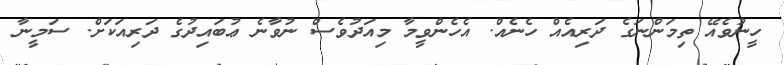
ހީނުވެއޭ ތިމަންނަގެ ދަރިއެއް ހެނެއް. އެހެންވީމާ މިއަދުވެސް ނުވާނެ ޢުބައިދުގެ ދަރިއަކަށް. ސަމީނާ